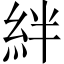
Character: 絆